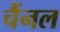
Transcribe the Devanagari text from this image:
चैंनल